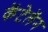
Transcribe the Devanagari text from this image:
कॅटेलॅन